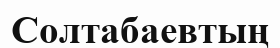
Солтабаевтың